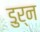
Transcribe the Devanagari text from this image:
डुर्न